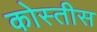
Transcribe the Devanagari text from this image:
कोस्तीस